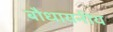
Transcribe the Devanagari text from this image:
बौधायनीय